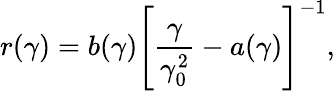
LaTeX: r(\gamma)=b(\gamma)\left[\frac{\gamma}{\gamma_{0}^{2}}-a(\gamma)\right]^{-1},